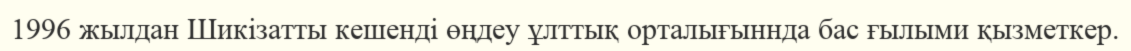
1996 жылдан Шикізатты кешенді өңдеу ұлттық орталығыннда бас ғылыми қызметкер.